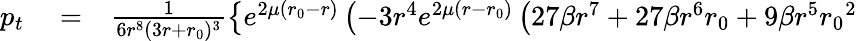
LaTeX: \begin{array}{rlr}{p_{t}}&{{}=}&{\frac{1}{6r^{8}(3r+{r_{0}})^{3}}\left\lbrace e^{2\mu({r_{0}}-r)}\left(-3r^{4}e^{2\mu(r-{r_{0}})}\left(27\beta r^{7}+27\beta r^{6}{r_{0}}+9\beta r^{5}{r_{0}}^{2}\right.\right.\right.}\end{array}